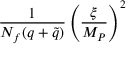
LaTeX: { \frac { 1 } { N _ { f } ( q + \tilde { q } ) } } \left( { \frac { \xi } { M _ { P } } } \right) ^ { 2 }